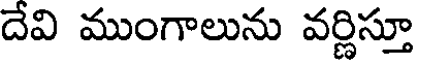
దేవి ముంగాలును వర్ణిస్తూ